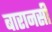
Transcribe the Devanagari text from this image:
बारानसी